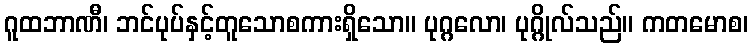
ဂူထဘာဏီ၊ ဘင်ပုပ်နှင့်တူသောစကားရှိသော။ ပုဂ္ဂလော၊ ပုဂ္ဂိုလ်သည်။ ကတမောစ၊